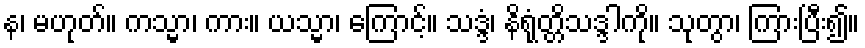
န၊ မဟုတ်။ ကသ္မာ၊ ကား။ ယသ္မာ၊ ကြောင့်။ သဒ္ဒံ၊ နိရုံတ္တိသဒ္ဒါကို။ သုတွာ၊ ကြားပြီး၍။